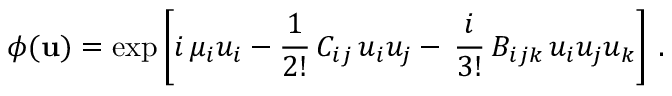
\phi ( { \bf u } ) = \exp \left[ i \, \mu _ { i } u _ { i } - { \frac { 1 } { 2 ! } } \, C _ { i j } \, u _ { i } u _ { j } - \, { \frac { i } { 3 ! } } \, B _ { i j k } \, u _ { i } u _ { j } u _ { k } \right] \, .